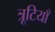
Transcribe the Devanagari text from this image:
त्रूटियाँ